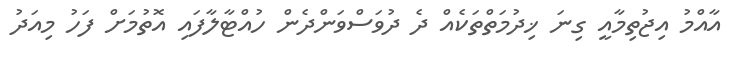
އާއްމު އިޖުތިމާއީ ގިނަ ޚިދުމަތްތަކެއް ދެ ދުވަސްވަންދެން ހުއްޓާލާފައި އޮތުމަށް ފަހު މިއަދު